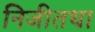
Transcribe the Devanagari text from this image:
निजीतथा